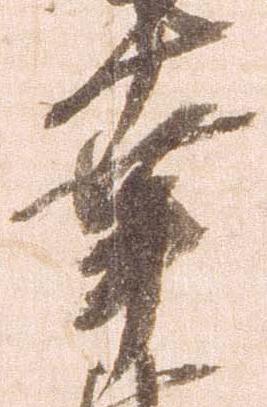
幸